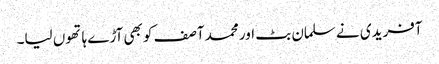
آفریدی نے سلمان بٹ اور محمد آصف کو بھی آڑے ہاتھوں لیا۔